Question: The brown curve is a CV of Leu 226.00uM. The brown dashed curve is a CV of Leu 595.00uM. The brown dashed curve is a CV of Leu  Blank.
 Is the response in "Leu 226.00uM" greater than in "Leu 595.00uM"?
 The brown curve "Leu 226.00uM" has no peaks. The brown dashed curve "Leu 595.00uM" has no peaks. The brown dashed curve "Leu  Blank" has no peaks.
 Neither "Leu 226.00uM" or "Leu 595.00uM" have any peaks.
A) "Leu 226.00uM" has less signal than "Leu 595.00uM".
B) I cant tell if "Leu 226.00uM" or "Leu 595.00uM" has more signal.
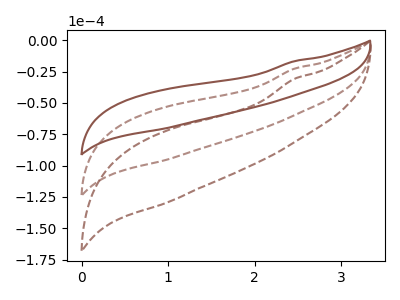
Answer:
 <answer>B) I cant tell if "Leu 226.00uM" or "Leu 595.00uM" has more signal.</answer>
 <eval>B</eval>